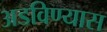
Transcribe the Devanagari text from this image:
अडविण्यास